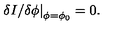
\left. { \delta I / { \delta \phi } } \right| _ { \phi = \phi _ { 0 } } = 0 .